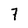
Character: 7